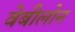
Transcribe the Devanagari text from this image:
वेबीलोन